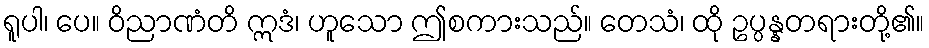
ရူပါ၊ ပေ။ ဝိညာဏံတိ ဣဒံ၊ ဟူသော ဤစကားသည်။ တေသံ၊ ထို ဥပ္ပန္နတရားတို့၏။